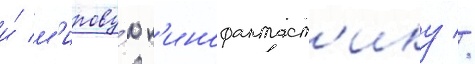
и́ м'ирову́ю к'инофантаст'ику //